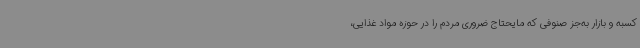
کسبه و بازار به‌جز صنوفی که مایحتاج ضروری مردم را در حوزه مواد غذایی،